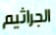
الجراثيم